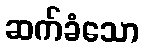
ဆက်ခံသော